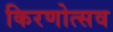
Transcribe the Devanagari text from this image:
किरणोत्सव